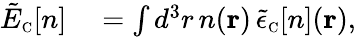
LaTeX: \begin{array}{rl}{\tilde{E}_{\scriptscriptstyle\mathrm{C}}[n]}&{{}=\int d^{3}r\, n({\mathbf r})\, \tilde{\epsilon}_{\scriptscriptstyle\mathrm{C}}[n]({\mathbf r}),}\end{array}